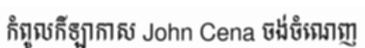
កំពូលកីឡាកាស John Cena ចង់ចំណេញ